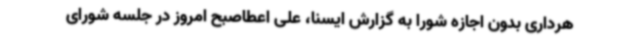
هرداری بدون اجازه شورا به گزارش ایسنا، علی اعطاصبح امروز در جلسه شورای